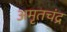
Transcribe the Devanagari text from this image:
अमृतचंद्र